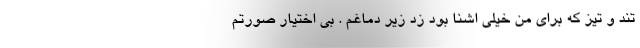
تند و تیز که برای من خیلی اشنا بود زد زیر دماغم . بی اختیار صورتم